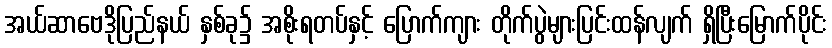
အယ်ဆာဗေဒိုပြည်နယ် နှစ်ခု၌ အစိုးရတပ်နှင့် ပြောက်ကျား တိုက်ပွဲများပြင်းထန်လျက် ရှိပြီးမြောက်ပိုင်း